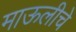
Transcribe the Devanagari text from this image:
माऊलीचे